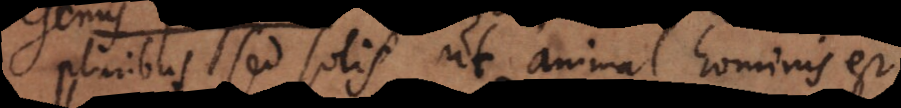
pluribus sed solis ut animal hominis [et]